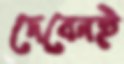
দেবেনই